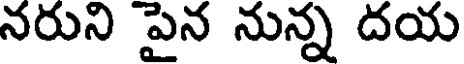
నరుని పైన నున్న దయ